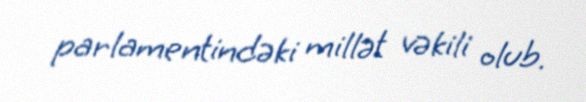
parlamentindəki millət vəkili olub.